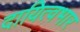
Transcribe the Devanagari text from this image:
दायित्वभार